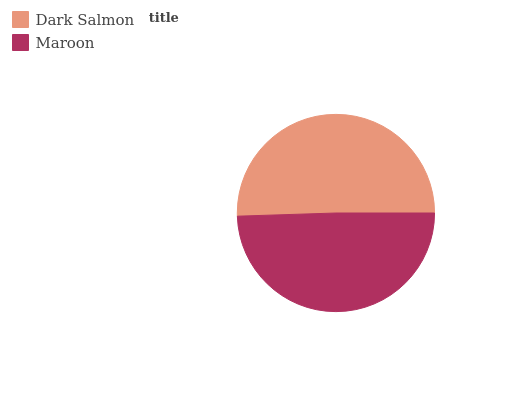
| Dark Salmon | Maroon |
 | --- | --- |
 | 50.5% | 49.5% |